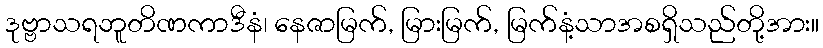
ဒုဗ္ဗာသရဘူတိဏကာဒီနံ၊ နေဇာမြက်, မြားမြက်, မြက်နံ့သာအစရှိသည်တို့အား။